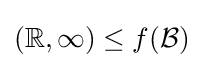
(\mathbb {R} ,\infty )\leq f({\mathcal {B}})